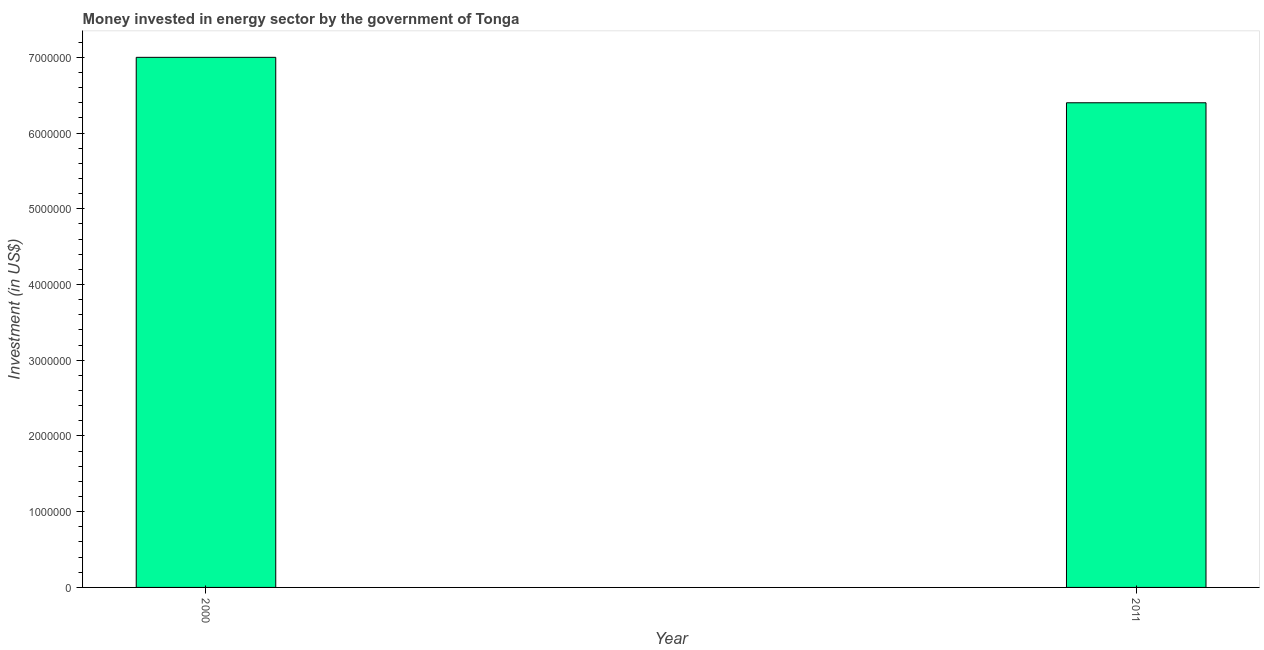
| Year | Investment in energy with private participation (current US$) |
 | --- | --- |
 | 2000 | 7e+06 |
 | 2011 | 6.4e+06 |